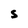
Character: S